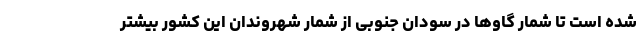
شده است تا شمار گاوها در سودان جنوبی از شمار شهروندان این کشور بیشتر